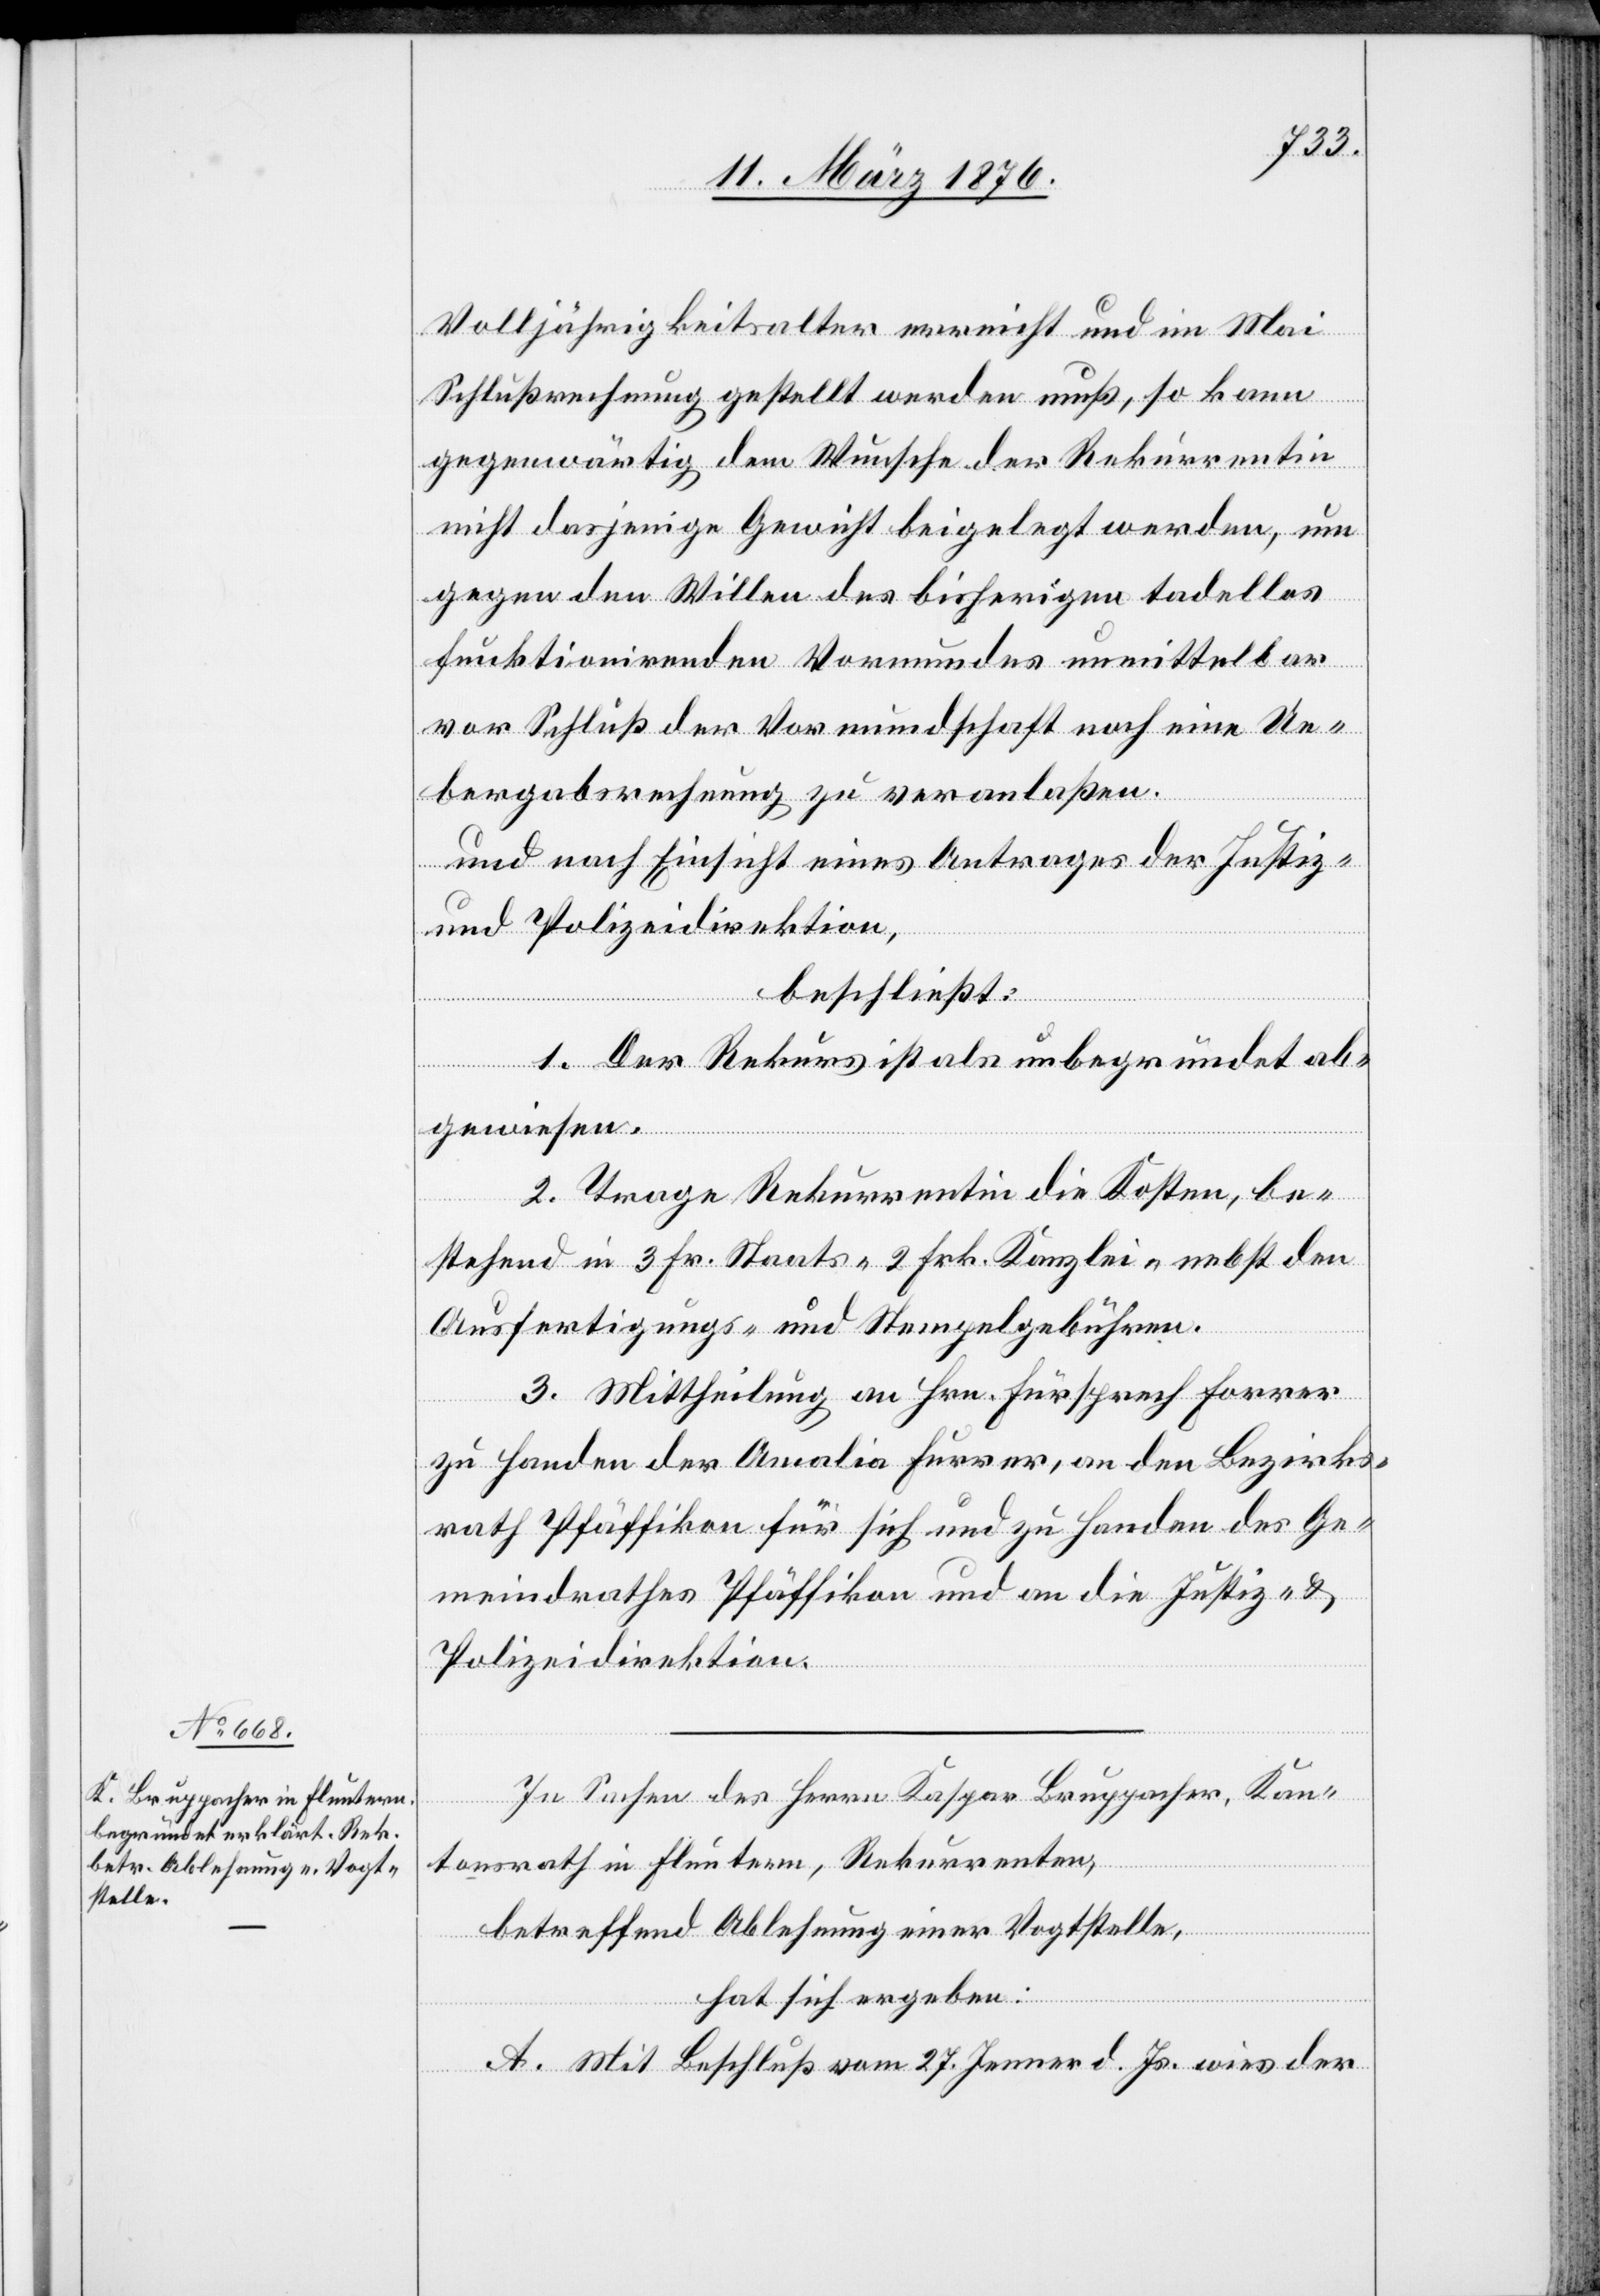
Volljährigkeitsalter erreicht und im Mai
Schlußrechnung gestellt werden muß, so kann
gegenwärtig dem Wunsche der Rekurrentin
nicht dasjenige Gewicht beigelegt werden, um
gegen den Willen des bisherigen tadellos
funktionirenden Vormundes unmittelbar
vor Schluß der Vormundschaft noch eine Ue¬
bergaberechnung zu veranlaßen.
und nach Einsicht eines Antrages der Direktion
und Polizeidirektion,
beschließt:
1. Der Rekurs ist als unbegründet ab¬
gewiesen.
2. Trage Rekurrentin die Kosten, be¬
stehend in 3 Fr. Staats- 2 Frk. Kanzlei- nebst den
Ausfertigungs- und Stempelgebühren.
3. Mittheilung an Hrn. Fürsprech Forrer
zu Handen der Amalia [sic!] Furrer, an den Bezirks¬
rath Pfäffikon für sich und zu Handen des Ge¬
meindrathes Pfäffikon und an die Justiz- und
Polizeidirektion.
In Sachen des Herrn Kaspar Bruppacher, Kan¬
tonsrath in Fluntern, Rekurrenten,
betreffend Ablehnung einer Vogtstelle,
der
hat sich ergeben:
A. Mit Beschluß vom 27. Jenner d. Js. wies der